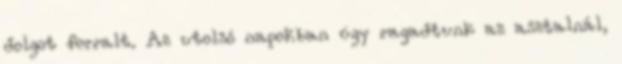
dolgot forralt. Az utolsó napokban úgy ragadtunk az asztalnál,